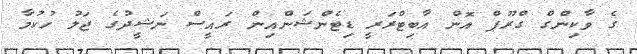
ގެ ވާކިންގް ގްރޫޕް އޮން އާބިޓްރަރީ ޑިޓެންޝަންއިން ރައީސް ނަޝީދުގެ ޖަލު ހުކުމާ